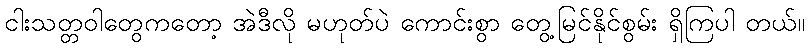
ငါးသတ္တဝါတွေကတော့ အဲဒီလို မဟုတ်ပဲ ကောင်းစွာ တွေ့မြင်နိုင်စွမ်း ရှိကြပါ တယ်။